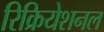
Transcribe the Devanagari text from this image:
रिक्रियेशनल